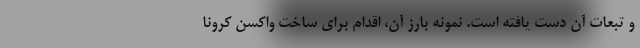
و تبعات آن دست یافته است. نمونه بارز آن، اقدام برای ساخت واکسن کرونا